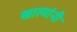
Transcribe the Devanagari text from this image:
खात्यांनी